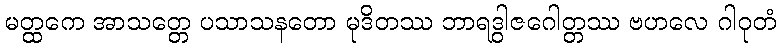
မတ္ထကေ အာသတ္တေ ပသာသနတော မုဒိတဿ ဘာရဒွါဇဂေါတ္တဿ ဗဟလေ ဂါဝုတံ